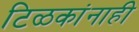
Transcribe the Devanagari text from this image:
टिळकांनाही